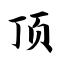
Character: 顶